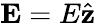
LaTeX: \mathbf{E}=E\hat{\mathbf{z}}